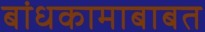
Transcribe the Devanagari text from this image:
बांधकामाबाबत